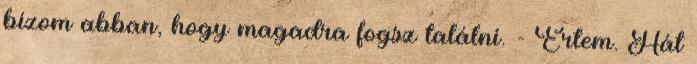
bízom abban, hogy magadra fogsz találni. - Értem. Hát